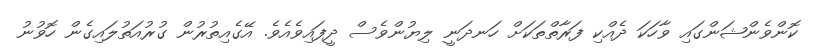
ކޮންވެންޝަންގައި ވާހަކަ ދެއްކި ފަރާތްތަކަށް ހަނދަނީ ލިޔުންވެސް ދީފައިވެއެވެ. އޭގެއިތުރުން ގުރުއަތުލައިގެން ހޮވުނު